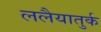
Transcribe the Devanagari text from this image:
ललैयातुर्क